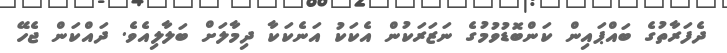
ދެފަރާތުގެ ބައްޕައިން ކަންބޮޑުވުމުގެ ނަޒަރަކުން އެކަކު އަނެކަކާ ދިމާލަށް ބަލާލިއެވެ. ދައްކަން ޖެހޭ